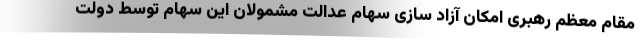
مقام معظم رهبری امکان آزاد سازی سهام عدالت مشمولان این سهام توسط دولت